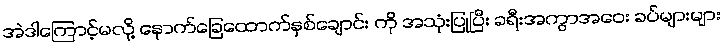
အဲဒါကြောင့်မလို့ နောက်ခြေထောက်နှစ်ချောင်း ကို အသုံးပြုပြီး ခရီးအကွာအဝေး ခပ်များများ